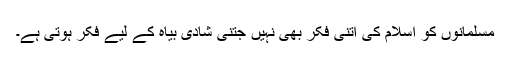
مسلمانوں کو اسلام کی اتنی فکر بھی نہیں جتنی شادی بیاہ کے لیے فکر ہوتی ہے۔